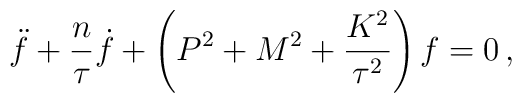
\ddot f + \frac{n }{\tau} \dot f + \left( P^2 + M^2 +\frac{K^2}{\tau^2} \right)  f = 0\,,